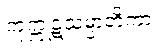
ကုက္ကုဋသမ္ပာတိကာ